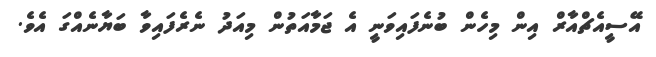
އޭސީއެޗްއާރް އިން މިހެން ބުނެފައިވަނީ އެ ޖަމާއަތުން މިއަދު ނެރެފައިވާ ބަޔާނެއްގަ އެވެ.